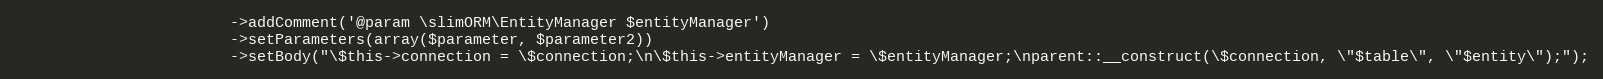
Language: PHP
						->addComment('@param \slimORM\EntityManager $entityManager')
						->setParameters(array($parameter, $parameter2))
						->setBody("\$this->connection = \$connection;\n\$this->entityManager = \$entityManager;\nparent::__construct(\$connection, \"$table\", \"$entity\");");